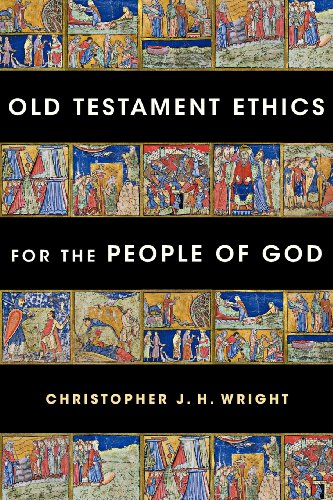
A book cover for Old Testament Ethics for the People of God; Christopher J. H. Wright; Christian Books & Bibles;